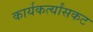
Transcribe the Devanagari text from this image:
कार्यकर्त्यांसकट